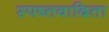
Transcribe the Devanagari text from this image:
स्पष्तवादिता